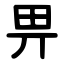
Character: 畀